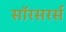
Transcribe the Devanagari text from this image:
सॉरसरर्स